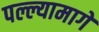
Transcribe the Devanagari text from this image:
पल्ल्यामागे